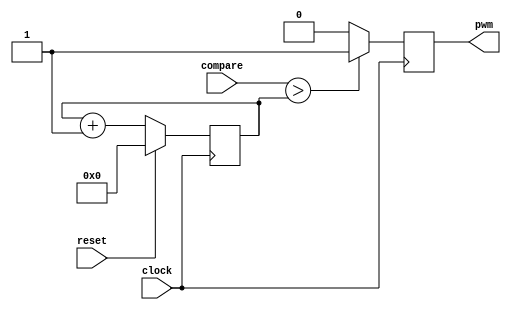
`timescale 1ns / 1ps
//////////////////////////////////////////////////////////////////////////////////
// Company: 
// Engineer: 
// 
// Design Name: 
// Module Name: PWM_Module
// Project Name: 
// Target Devices: 
// Tool Versions: 
// Description: 
// 
// Dependencies: 
// 
// Revision:
// Revision 0.01 - File Created
// Additional Comments:
// 
//////////////////////////////////////////////////////////////////////////////////


module PWM_Module(
    input clock,
    input reset,
    input [7:0] compare,
    output pwm
    );
    
reg pwm_d, pwm_q;
reg [7:0] count_d, count_q;

assign pwm = pwm_q;

always @ (*)
    begin
        count_d = count_q + 1'b1;
        if(compare > count_q)
            pwm_d = 1'b1;
        else
            pwm_d = 1'b0;
    end

always @ (posedge clock)
    begin
        if(reset)
            begin
                count_q <= 1'b0;
            end
        else
            begin
                count_q <= count_d;
            end
            
        pwm_q <= pwm_d;
    end

endmodule